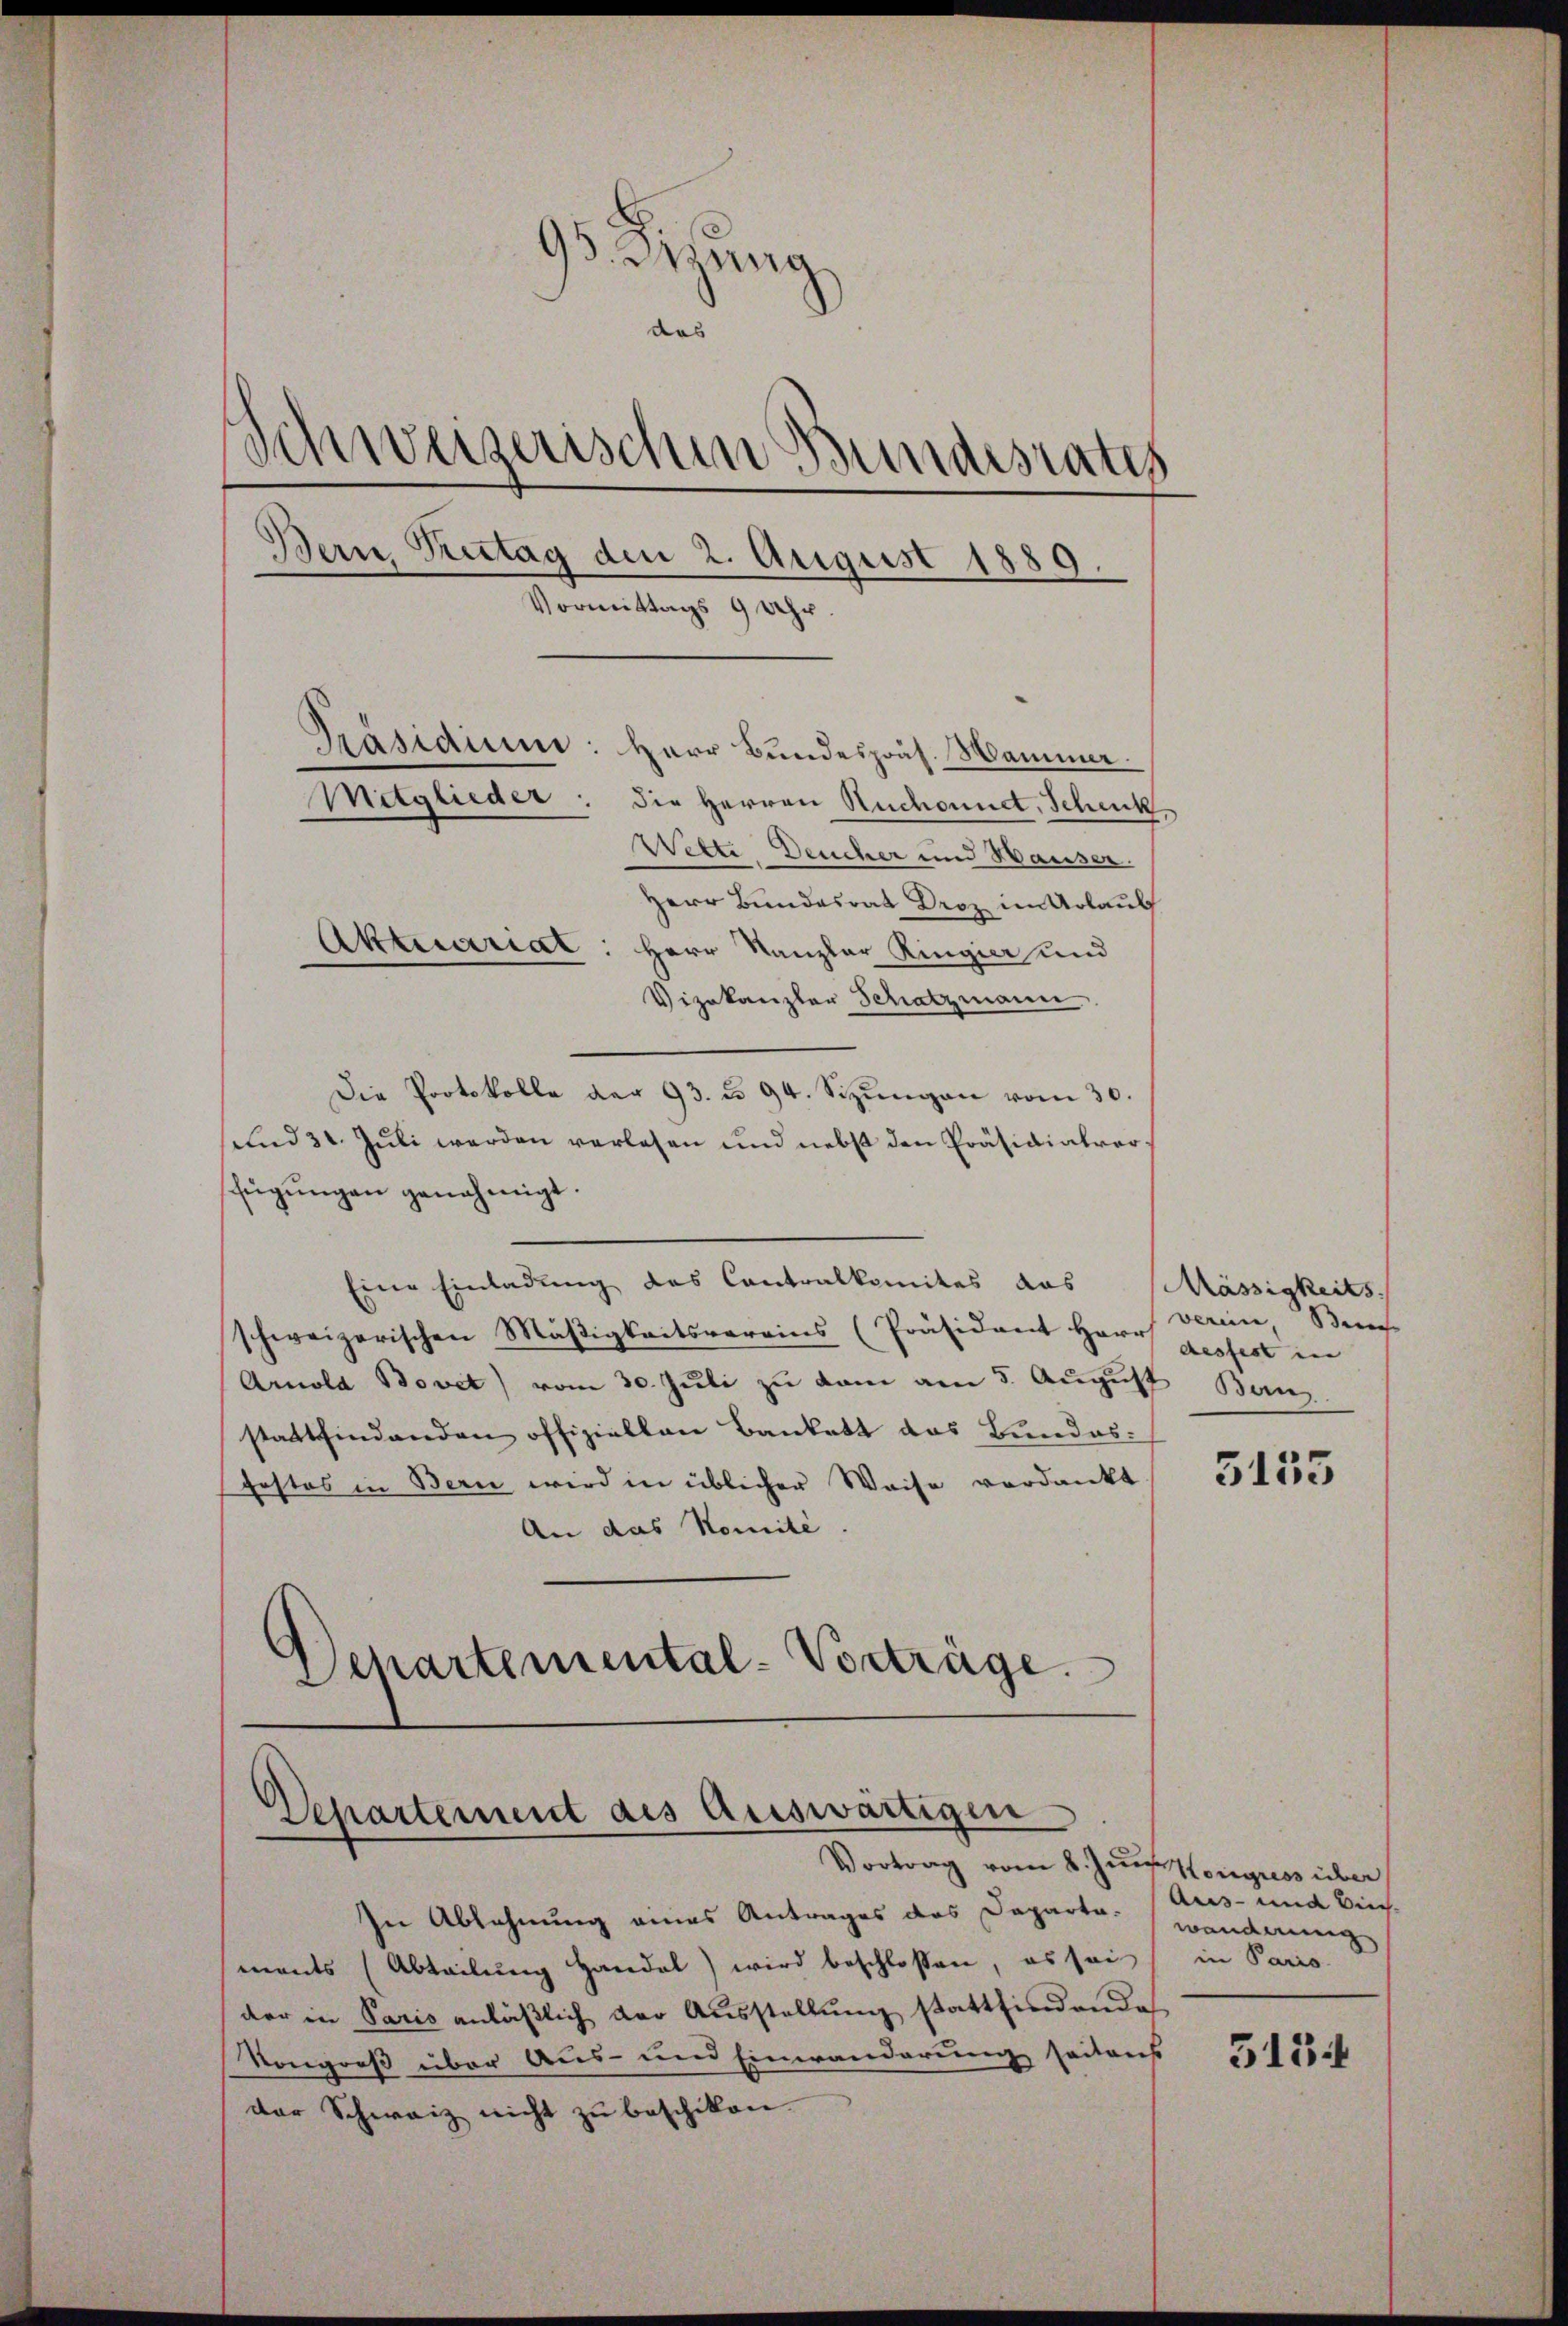
95. Sitzung
and
Schweizerischen Bundesrates
Bern Kutag den 2. August 1889.
Vormittags 9 Uhr.
Präsidium: Herr Bundespons. Mammer.
Mitglieder: die Herren Ruchonnet, Schenk
Wette, Deucher und Hauser.

Herr Bundesrat Droz im Urlaub
Aktuariat: Herr Kanzler Ringier und
Vizekanzler Schatzmann
Die Protokolle der 93. u. 94. Sizŭngen vom 30.
und 31. Juli werden verlesen und nebst den Präsidialverfügŭngen genehmigt.
Eine Einladung des Contralkomites das
schweizerischen Mäßigkeitsvereins (Präsident Herr Verein, Bre
Amola Bovet vom 30. Juli zu kam am 5. August Banz
stattfindenden offiziellen Bankett das Bundes-
festes in Bern wird in üblicher Weise verdankt
An das Komité.
Separtemental-Vorträge.

Departement des Auswärtigen
Vortrag vom 8. Jun. Kongress über

In Ablehnung eines Antrages des Departe: wanderung
ments (Abteilung Handel) wird beschlossen, es sei
der in Paris anläβlich der Aŭsstellŭng stattfindende
Kongreß über Aus- und Einwanderung seitens
der Schweiz nicht zu beschikon.

Mässigkeits
desfest in

5153

Aus- und Birch-
in Paris.

5134